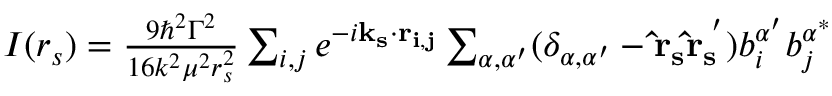
\begin{array} { r } { I ( r _ { s } ) = \frac { 9 \hbar ^ { 2 } \Gamma ^ { 2 } } { 1 6 k ^ { 2 } \mu ^ { 2 } r _ { s } ^ { 2 } } \sum _ { i , j } e ^ { - i \mathbf { k _ { s } } \cdot \mathbf { r _ { i , j } } } \sum _ { \alpha , \alpha ^ { \prime } } ( \delta _ { \alpha , \alpha ^ { \prime } } - \mathbf { \hat { r } _ { s } ^ { \alpha } \hat { r } _ { s } ^ { \alpha ^ { \prime } } } ) b _ { i } ^ { \alpha ^ { \prime } } b _ { j } ^ { \alpha ^ { * } } } \end{array}